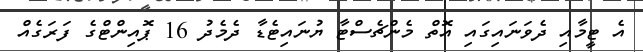
އެ ޓީމާއި ދެވަނައިގައި އޮތް މެންޗެސްޓާ ޔުނައިޓެޑާ ދެމެދު 16 ޕޮއިންޓްގެ ފަރަގެއް